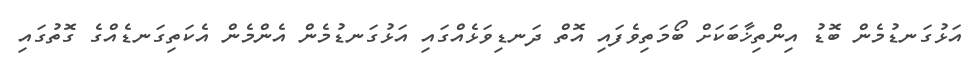
އަޅުގަނޑުމެން ބޮޑު އިންތިޚާބަކަށް ބޯމަތިވެފައި އޮތް ދަނޑިވަޅެއްގައި އަޅުގަނޑުމެން އެންމެން އެކަތިގަނޑެއްގެ ގޮތުގައި